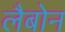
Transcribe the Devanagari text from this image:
लैबोन